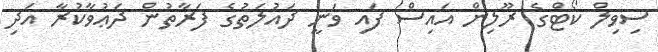
ސިވިލް ކޯޓްގެ ރޫލިން އައިސް ފައި ވަނީ ދައުލަތުގެ ފަރާތުން ދަޢުވާކުރާ އަދި